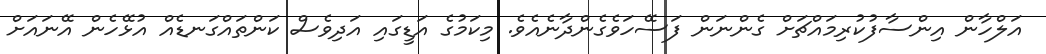
އަލްހާން އިންސާފުކުރިމައްޗަށް ގެންނަން ފަސޭހަވެގެންދާނެއެވެ. މިކަމުގެ އަޑީގައި އަދިވެސް ކަންތައްގަނޑެއް އުޅޭހެން އޭނަައަށް